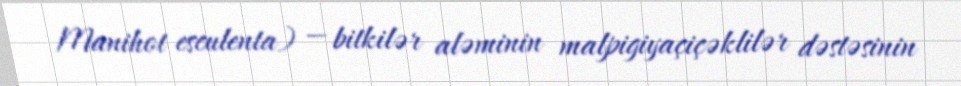
Manihot esculenta) — bitkilər aləminin malpigiyaçiçəklilər dəstəsinin